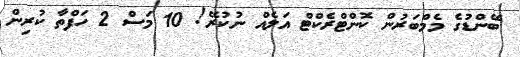
ބޭންޑުގެ މެމްބަރުން ކޮންޓްރެކްޓް އަލެއް ނުކުރޭ! 10 މަސް 2 ހަފްތާ ކުރިން